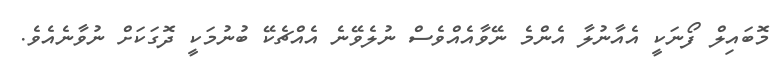
މޮބައިލް ފޯނަކީ އެއާނުލާ އެންމެ ނޭވާއެއްވެސް ނުލެވޭނެ އެއްޗެކޭ ބުނުމަކީ ދޮގަކަށް ނުވާނެއެވެ.